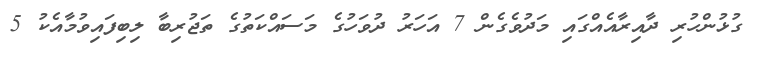
ގުޅުންހުރި ދާއިރާއެއްގައި މަދުވެގެން 7 އަހަރު ދުވަހުގެ މަސައްކަތުގެ ތަޖުރިބާ ލިބިފައިވުމާއެކު 5